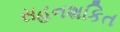
સહનશકિત